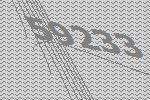
59233